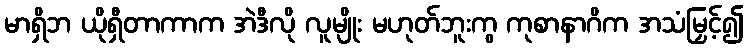
မာရှိဘ ယိုရှီတာကာက အဲဒီလို လူမျိုး မဟုတ်ဘူးကွ ကုစာနာဂိက အသံမြှင့်၍